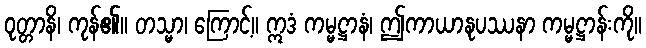
ဝုတ္တာနိ၊ ကုန်၏။ တသ္မာ၊ ကြောင့်။ ဣဒံ ကမ္မဋ္ဌာနံ၊ ဤကာယာနုပဿနာ ကမ္မဋ္ဌာန်းကို။